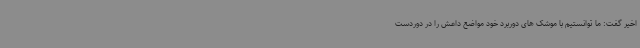
اخیر گفت: ما توانستیم با موشک های دوربرد خود مواضع داعش را در دوردست